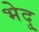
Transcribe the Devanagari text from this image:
भेदु